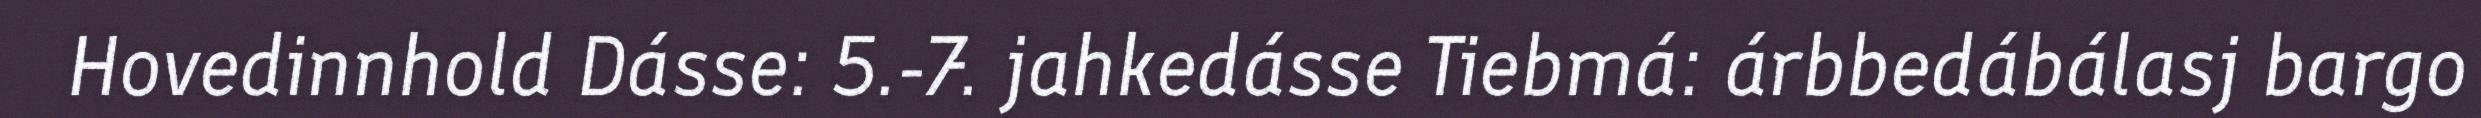
Hovedinnhold Dásse: 5.-7. jahkedásse Tiebmá: árbbedábálasj bargo